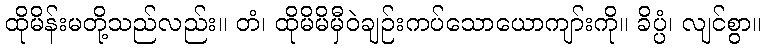
ထိုမိန်းမတို့သည်လည်း။ တံ၊ ထိုမိမိမှီဝဲချဉ်းကပ်သောယောကျာ်းကို။ ခိပ္ပံ၊ လျင်စွာ။